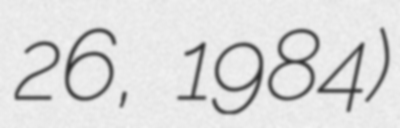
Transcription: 26, 1984)